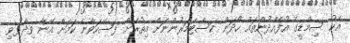
އެކު ސިމްޑީގެ އުފެއްދުންތައް ހޯދަން ކަސްޓަމަރުންނަށް އިތުރަށް ފަސޭހަވާނެ ކަމަށް އޭނާ ވިދާޅުވި